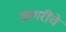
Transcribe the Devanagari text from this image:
आगरींचे